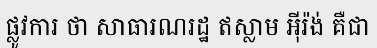
ផ្លូវការ ថា សាធារណរដ្ឋ ឥស្លាម អ៊ីរ៉ង់ គឺជា